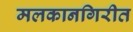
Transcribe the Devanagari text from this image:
मलकानगिरीत